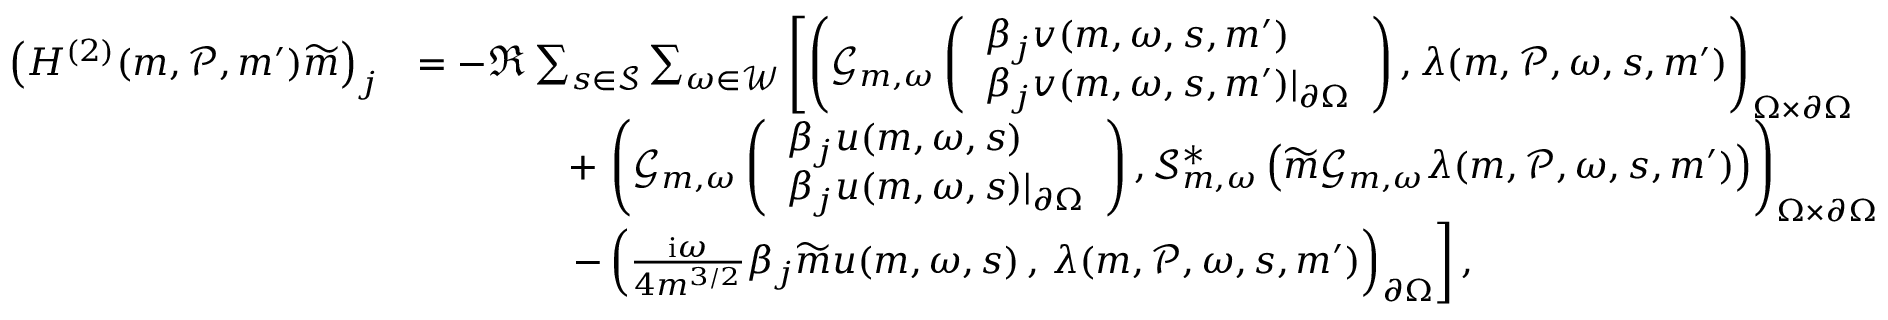
\begin{array} { r l } { \left( H ^ { ( 2 ) } ( \boldsymbol { m } , \mathcal { P } , \boldsymbol { m } ^ { \prime } ) \widetilde { \boldsymbol { m } } \right) _ { j } } & { = - \Re \sum _ { s \in \mathcal { S } } \sum _ { \omega \in \mathcal { W } } \left[ \left( \mathcal { G } _ { \boldsymbol { m } , \omega } \left( \begin{array} { l } { \beta _ { j } v ( \boldsymbol { m } , \omega , s , \boldsymbol { m } ^ { \prime } ) } \\ { \beta _ { j } v ( \boldsymbol { m } , \omega , s , \boldsymbol { m } ^ { \prime } ) \vert _ { \partial \Omega } } \end{array} \right) , \lambda ( \boldsymbol { m } , \mathcal { P } , \omega , s , \boldsymbol { m } ^ { \prime } ) \right) _ { \Omega \times \partial \Omega } \right. } \\ & { \quad \quad \quad \quad + \left. \left( \mathcal { G } _ { \boldsymbol { m } , \omega } \left( \begin{array} { l } { \beta _ { j } u ( \boldsymbol { m } , \omega , s ) } \\ { \beta _ { j } u ( \boldsymbol { m } , \omega , s ) \vert _ { \partial \Omega } } \end{array} \right) , \mathscr { S } _ { \boldsymbol { m } , \omega } ^ { * } \left( \widetilde { m } \mathcal { G } _ { \boldsymbol { m } , \omega } \lambda ( \boldsymbol { m } , \mathcal { P } , \omega , s , \boldsymbol { m } ^ { \prime } ) \right) \right) _ { \Omega \times \partial \Omega } \right. } \\ & { \quad \quad \quad \quad \left. - \left( \frac { \mathrm { i } \omega } { 4 m ^ { 3 / 2 } } \beta _ { j } \widetilde { m } u ( \boldsymbol { m } , \omega , s ) \, , \, \lambda ( \boldsymbol { m } , \mathcal { P } , \omega , s , \boldsymbol { m } ^ { \prime } ) \right) _ { \partial \Omega } \right] , } \end{array}